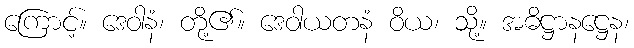
ကြောင့်။ ဒေဝါနံ၊ တို့၏။ ဒေဝါယတနံ ဝိယ၊ သို့။ အဓိဋ္ဌာနဋ္ဌေန၊